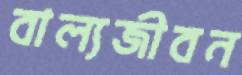
বাল্যজীবন